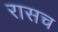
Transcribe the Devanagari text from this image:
रासच